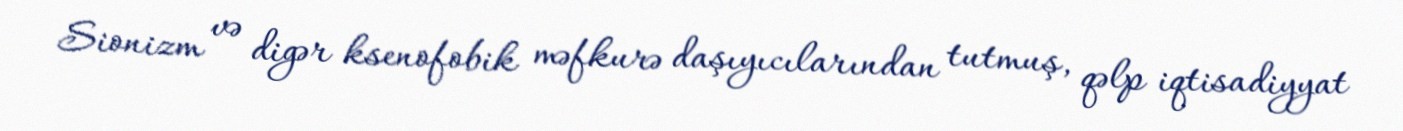
Sionizm və digər ksenofobik məfkurə daşıyıcılarından tutmuş, qəlp iqtisadiyyat